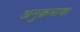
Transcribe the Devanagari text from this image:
अनुक्रमाचा